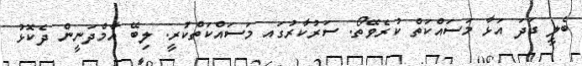
ބެލީ ގަދަ އަޅާ މަސައްކަތް ކުރެވޭތޯ. ސަރުކާރުގައ މަސައްކަތްކުރީ. ލިބޭ އާމްދަނީން ދެކޮޅު